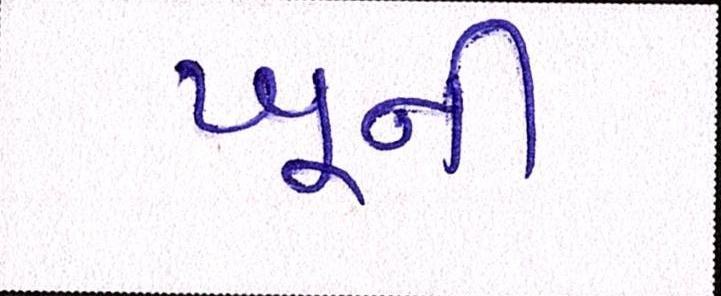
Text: ખૂની